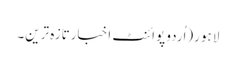
لاہو ر(اُردو پوائنٹ اخبارتازہ ترین۔